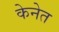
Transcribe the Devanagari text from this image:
केनेत